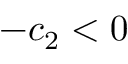
- c _ { 2 } < 0